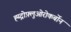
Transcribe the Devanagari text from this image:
ह्य्द्रोफ़्लुओरोकर्बोन